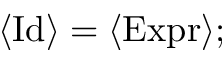
\langle { \mathrm { I d } } \rangle = \langle { \mathrm { E x p r } } \rangle ;